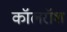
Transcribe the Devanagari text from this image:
कॉलरॉश